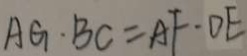
A G \cdot B C = A F \cdot D E